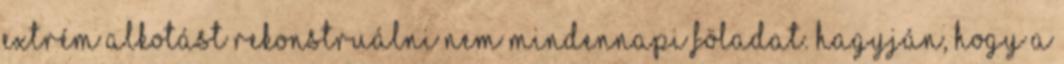
extrém alkotást rekonstruálni nem mindennapi föladat. Hagyján, hogy a